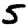
Digit: 5